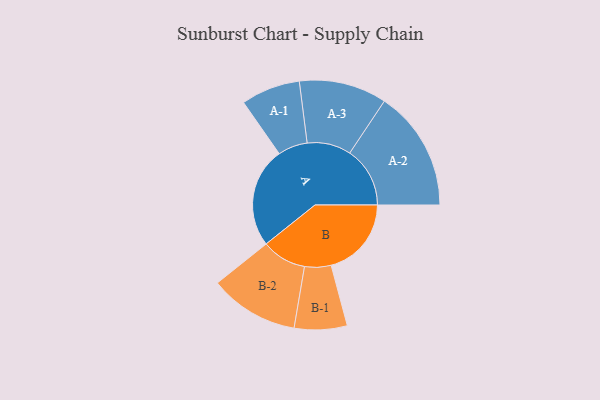
{"axis": {"x": "Segment", "y": "Value"}, "legend": ["", "A", "B"], "data": [{"x": "A", "y": 471, "type": ""}, {"x": "B", "y": 377, "type": ""}, {"x": "A-1", "y": 139, "type": "A"}, {"x": "A-2", "y": 283, "type": "A"}, {"x": "A-3", "y": 206, "type": "A"}, {"x": "B-1", "y": 124, "type": "B"}, {"x": "B-2", "y": 210, "type": "B"}]}